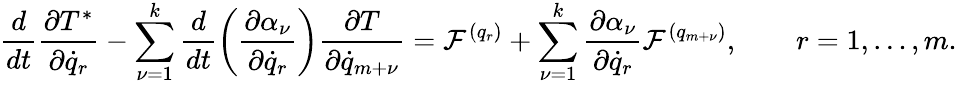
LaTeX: \frac{d}{dt}\frac{\partial T^{*}}{\partial{\dot{q}}_{r}}-\sum_{\nu=1}^{k}\frac{d}{dt}\left(\frac{\partial\alpha_{\nu}}{\partial{\dot{q}}_{r}}\right)\frac{\partial T}{\partial{\dot{q}}_{m+\nu}}={\cal F}^{(q_{r})}+\sum_{\nu=1}^{k}\frac{\partial\alpha_{\nu}}{\partial{\dot{q}}_{r}}{\cal F}^{(q_{m+\nu})},\qquad r=1,\dots,m.